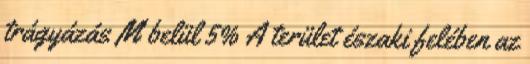
trágyázás M belül 5% A terület északi felében az